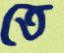
তে